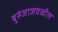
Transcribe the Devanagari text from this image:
बुरुंजाजवळील